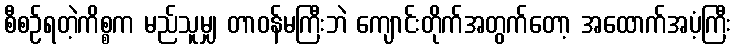
စီစဉ်ရတဲ့ကိစ္စက မည်သူမျှ တာဝန်မကြီးဘဲ ကျောင်းတိုက်အတွက်တော့ အထောက်အပံ့ကြီး